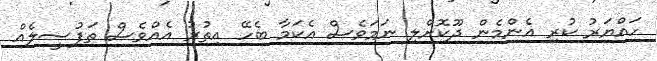
ހައްޔަރު ކުރި އެންމެން ދޫކޮށްލި ނަމަވެސް އެކަމާ ބެހޭ އިތުރު އެއްވެސް ތަފުސީލެއް